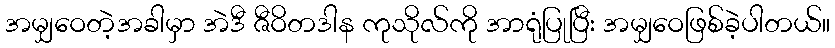
အမျှဝေတဲ့အခါမှာ အဲဒီ ဇီဝိတဒါန ကုသိုလ်ကို အာရုံပြုပြီး အမျှဝေဖြစ်ခဲ့ပါတယ်။